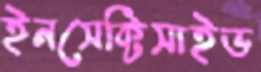
ইনসেক্টিসাইড